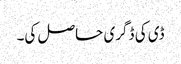
ڈی کی ڈگری حاصل کی۔